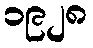
၁၉၂၈